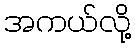
အကယ်လို့